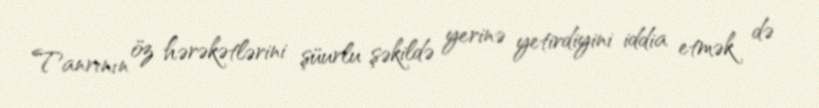
Tanrının öz hərəkətlərini şüurlu şəkildə yerinə yetirdiyini iddia etmək də